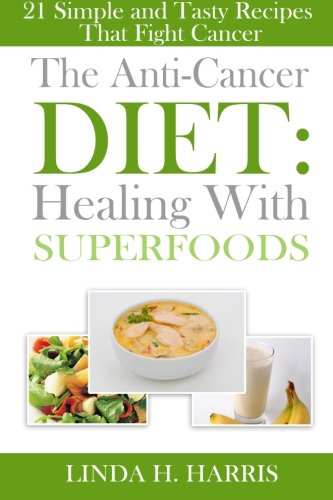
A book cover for The Anti-Cancer Diet: Healing With Superfoods: 21 Simple and Tasty Recipes That Fight Cancer; Linda H. Harris; Cookbooks, Food & Wine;